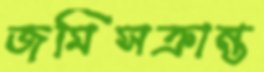
জমিসক্রান্ত